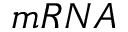
m R N A